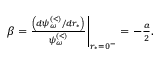
\begin{array} { r } { \beta = \frac { \left( d \psi _ { \omega } ^ { \scriptscriptstyle ( < ) } / d r _ { * } \right) } { \psi _ { \omega } ^ { \scriptscriptstyle ( < ) } } \bigg | _ { r _ { * } = 0 ^ { - } } = - \frac { a } { 2 } . } \end{array}